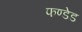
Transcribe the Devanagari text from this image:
फण्डेड